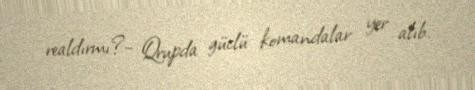
realdırmı?– Qrupda güclü komandalar yer alıb.